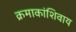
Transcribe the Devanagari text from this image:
क्रमाकांशिवाय